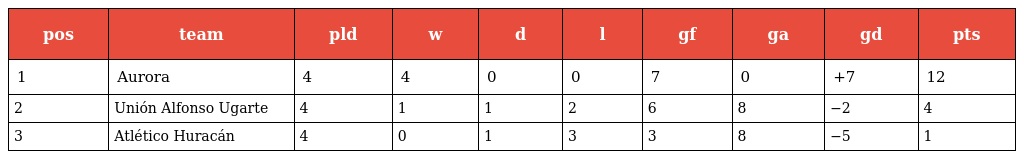
| pos | team | pld | w | d | l | gf | ga | gd | pts |
 | --- | --- | --- | --- | --- | --- | --- | --- | --- | --- |
 | 1 | Aurora | 4 | 4 | 0 | 0 | 7 | 0 | +7 | 12 |
 | 2 | Unión Alfonso Ugarte | 4 | 1 | 1 | 2 | 6 | 8 | −2 | 4 |
 | 3 | Atlético Huracán | 4 | 0 | 1 | 3 | 3 | 8 | −5 | 1 |